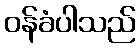
ဝန်ခံပါသည်